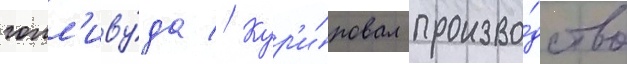
голл'иву́да // Кур'и́ровал произво́дство